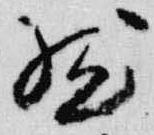
然